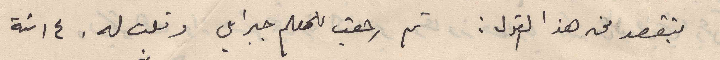
بتقصد من هذا القول: ثم رجعت للمعلم جبرايل وقلت له . ١٤ سنة